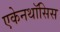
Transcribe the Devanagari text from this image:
एकेनथॉसिस